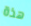
هذة